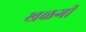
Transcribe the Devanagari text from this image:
खळगी